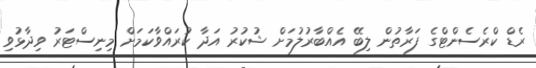
ރެޑް ކްރެސެންޓްގެ ފަރާތުން ލިބޭ އެއްބާރުލުމަށް ޝުކުރު އަދާ ކުރައްވާކަމަށް މިނިސްޓަރު ވިދާޅުވި